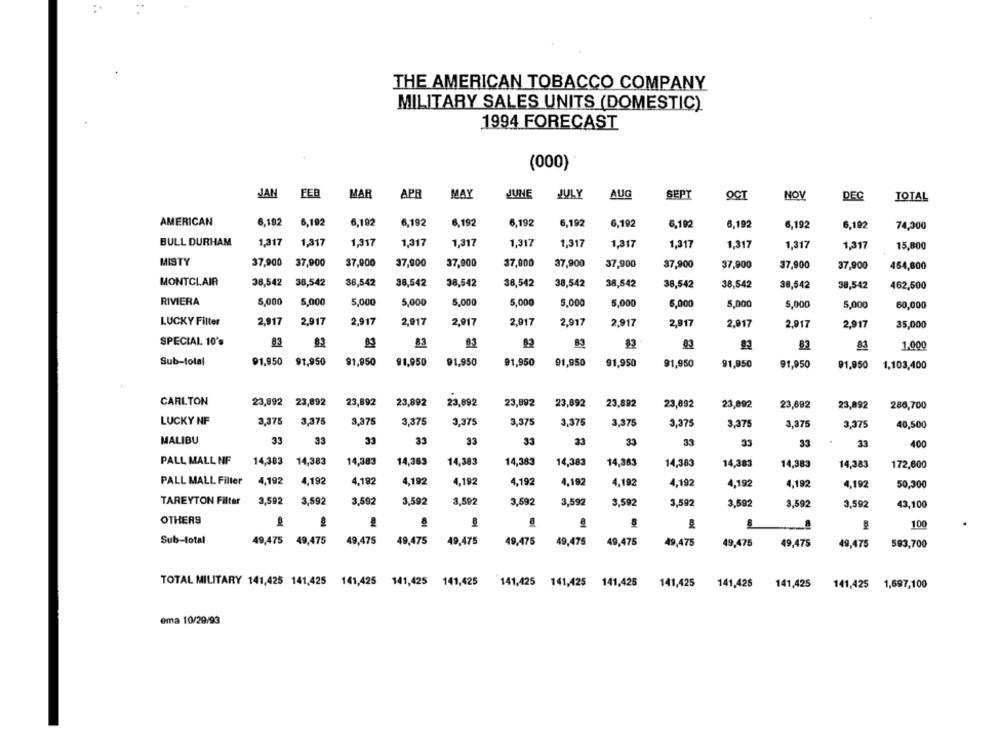
THE AMERICAN TOBACCO COMPANY
MILITARY SALES UNITS (DOMESTIC)
1994 FORECAST
(000)
JAN
FEB
MAR
APR
MAY
JUNE
JULY
AUG
SEPT
OCT
NOV
DEC
TOTAL
AMERICAN
6,192 6,192
6,192
6,192
6,192
6,192
6,192
6,192
6,192
6,192
6,192
6,192
74,300
BULL DURHAM
1,317
1,317
1,317
1,317
1,317
1,317
1,317
1,317
1,317
1,317
1,317
1,317
15,800
MISTY
37,900
37,900
37,000
37,900
37,000
37,900
37,900
37,900
37,900
37,900
37,900
37,900
464,600
MONTCLAIR
38,542
38,542
38,542
38,542
38,542
38,542
38,542
38,542
38,542
38,542
38,542
38,542
462,500
RIVIERA
5,000
5,000
5,000
5,000
5,000
5,000
5,000
5,000
6,000
5,000
5,000
5,000
60,000
LUCKY Filter
2,917
2,917
2,917
2,917
2,917
2,917
2,917
2,917
2,917
2,917
2,917
2,917
35,000
SPECIAL 10's
83
83
83
83
83
1,000
Sub-total
91,950
91,950
91,950
91,950
91,950
91,950
91,950
91,950
91,950
91,950
91,950
91,950
1,103,400
CARLTON
23,892 23,892
23,892
23,892
23,092
23,992
23,892
23.892
23,092
23,892
23,692
23,892
288,700
LUCKY NF
3,375
3,375
3,375
3,375
3,375
3,375
3,375
3,375
3,375
3,375
3,375
3,375
40,500
MALIBU
33
33
33
35
33
33
33
35
33
33
400
PALL MALL NF
14,383 14,383
14,383
14,363
14,383
14,383
14,383
14,383
14,383
14,383
14,383
14,383
172,600
PALL MALL Filler
4,192
4,192
4,182
4,192
4,192
4,192
4,192
4,192
4,192
4,192
4,192
4,192
50,300
TAREYTON Filter
3,592
3,592
3,592
3,592
3,592
3,592
3,592
3,592
3,502
3,592
3,592
3,592
43,100
OTHERS
8
8
100
Sub-total
49,475 49,475
49,475
49,475
49,475
49,475
49,475
49,475
49,475
49,475
49,475
49,475
593,700
TOTAL MILITARY 141,425 141,425 141,425 141,425 141,425
141,425 141,425 141,425
141,425
141,425
141,425
141,425
1,697,100
ema 10/29/93